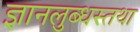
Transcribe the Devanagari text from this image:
ज्ञानलुब्धस्तथा